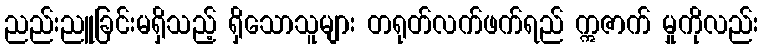
ညည်းညူခြင်းမရှိသည့် ရှိသောသူများ တရုတ်လက်ဖက်ရည် ဣဇာက် မှုကိုလည်း